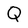
Character: Q